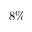
8 \%